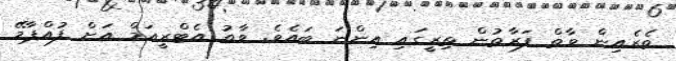
ތެރެއިން ވާތް ފަރާތުން ތިރީގައި އިންނަ ބައެވެ. ވާތު އެޓްރީއަމް އަށް ފުއްޕާމޭ